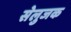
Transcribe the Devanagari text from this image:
सेलुजक